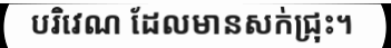
បរិវេណ ដែលមានសក់ជ្រុះ។